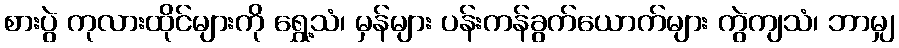
စားပွဲ ကုလားထိုင်များကို ရွှေ့သံ၊ မှန်များ ပန်းကန်ခွက်ယောက်များ ကွဲကျသံ၊ ဘာမျှ